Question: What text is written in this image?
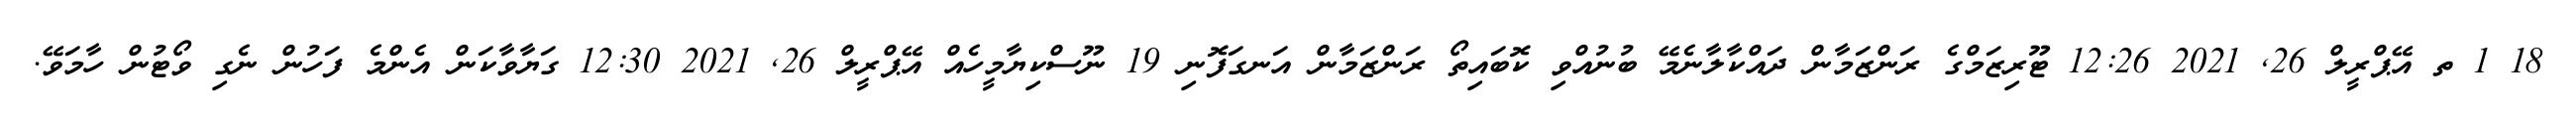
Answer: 18 1 ތ އޭޕްރީލް 26, 2021 12:26 ޓޫރިޒަމްގެ ރަންޒަމާން ދައްކާލާނެމޭ ބުނުއްވި ކޮބައިތޯ ރަންޒަމާން އަނގަފޮނި 19 ނޫސްކިޔާމީހެއް އޭޕްރީލް 26, 2021 12:30 ގަޔާވާކަން އެންމެ ފަހުން ނެގި ވޯޓުން ހާމަވޭ.